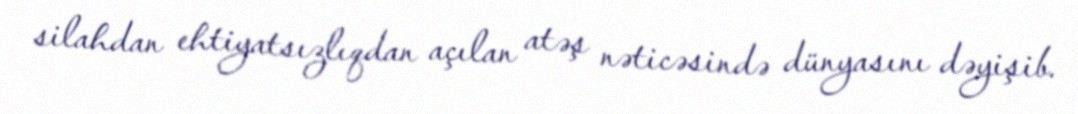
silahdan ehtiyatsızlıqdan açılan atəş nəticəsində dünyasını dəyişib.